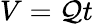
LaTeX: V=\mathcal{Q}t